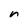
Character: r